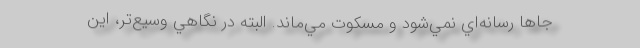
جاها رسانه‌اي نمي‌شود و مسكوت مي‌ماند. البته در نگاهي وسيع‌تر، اين